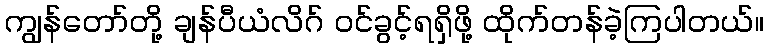
ကျွန်တော်တို့ ချန်ပီယံလိဂ် ဝင်ခွင့်ရရှိဖို့ ထိုက်တန်ခဲ့ကြပါတယ်။